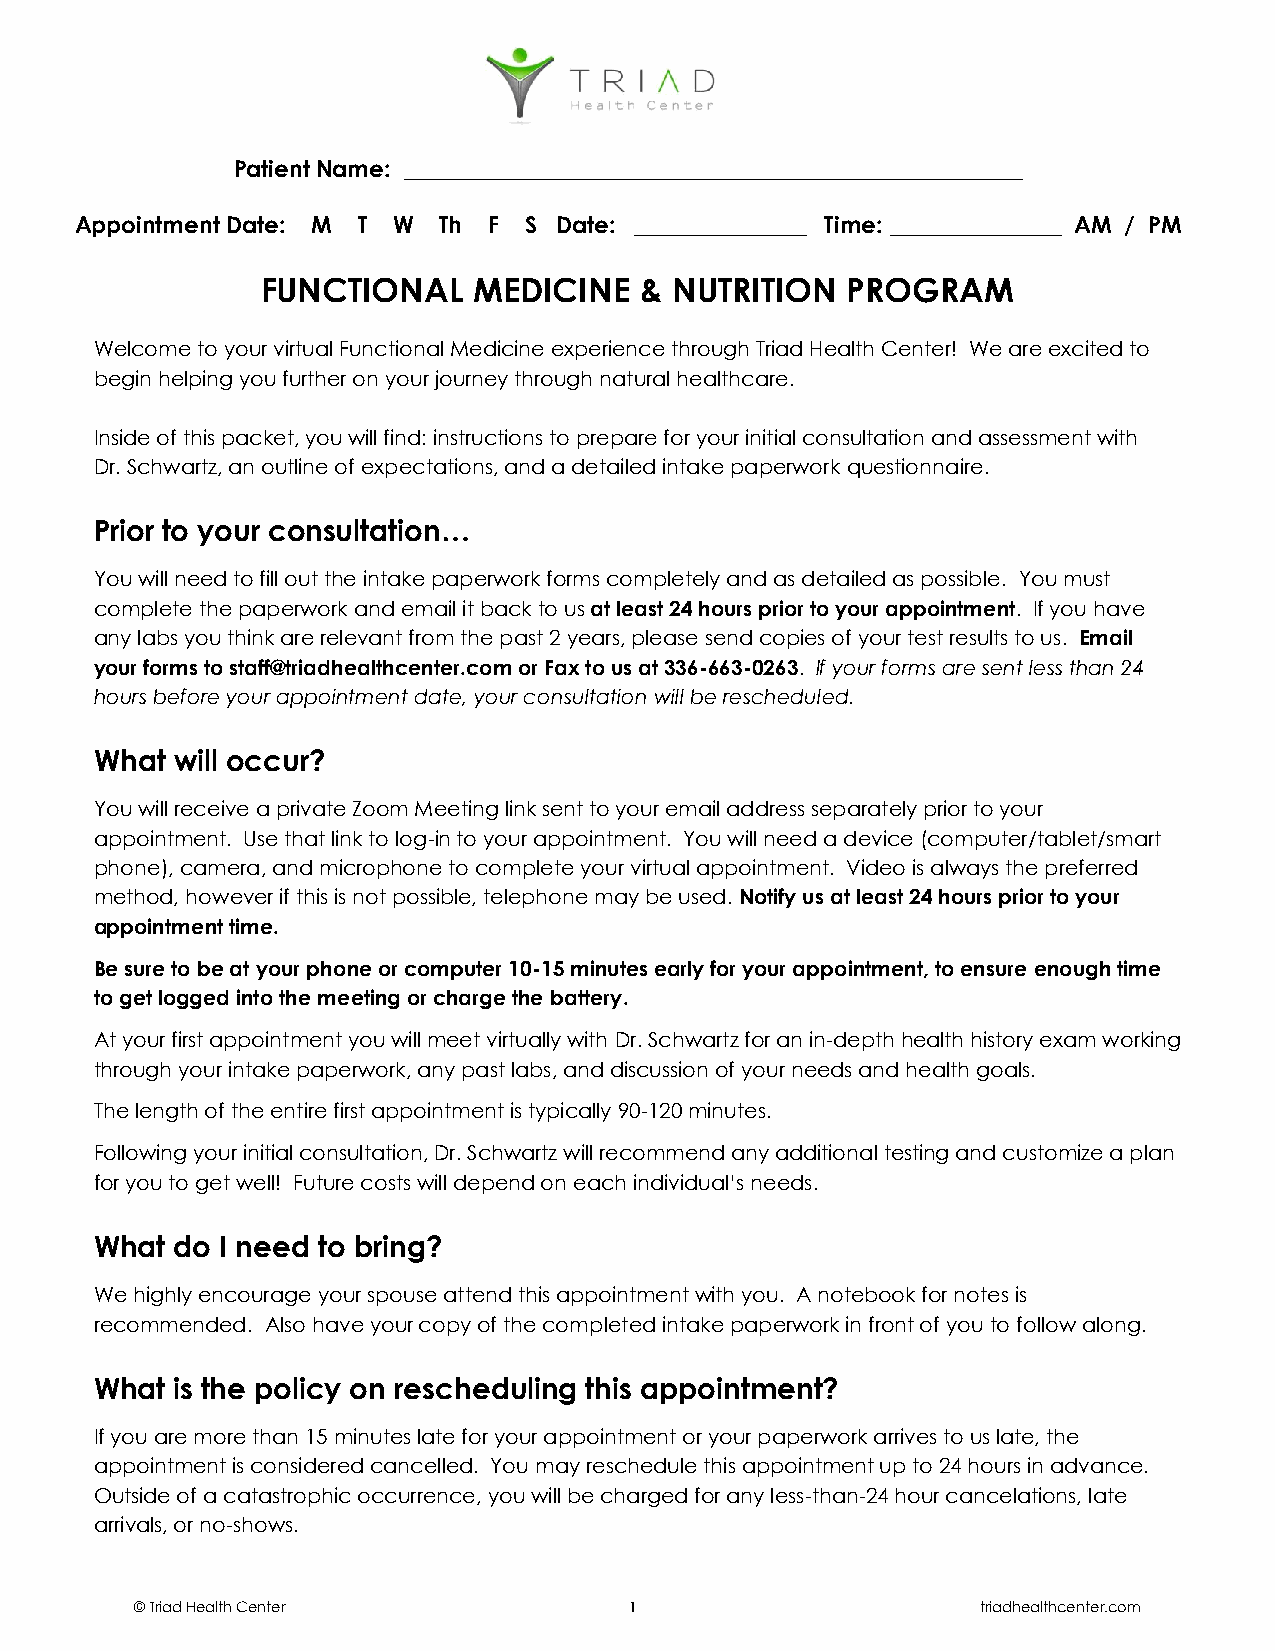
Patient Name: ______________________________________________________
 Appointment Date: M T W Th F  S Date: _______________ Time: _______________ AM / PM
 FUNCTIONAL    MEDICINE   & NUTRITION   PROGRAM
 Welcome to your virtual Functional Medicine experience through Triad Health Center! We are excited to
 begin helping you further on your journey through natural healthcare.
 Inside of this packet, you will find: instructions to prepare for your initial consultation and assessment with
 Dr. Schwartz, an outline of expectations, and a detailed intake paperwork questionnaire.
 Prior to your consultation…
 You will need to fill out the intake paperwork forms completely and as detailed as possible. You must
 complete the paperwork and email it back to us at least 24 hours prior to your appointment. If you have
 any labs you think are relevant from the past 2 years, please send copies of your test results to us. Email
 your forms to staff@triadhealthcenter.com or Fax to us at 336-663-0263. If your forms are sent less than 24
 hours before your appointment date, your consultation will be rescheduled.
 What  will occur?
 You will receive a private Zoom Meeting link sent to your email address separately prior to your
 appointment. Use that link to log-in to your appointment. You will need a device (computer/tablet/smart
 phone), camera, and microphone to complete your virtual appointment. Video is always the preferred
 method, however if this is not possible, telephone may be used. Notify us at least 24 hours prior to your
 appointment time.
 Be sure to be at your phone or computer 10-15 minutes early for your appointment, to ensure enough time
 to get logged into the meeting or charge the battery.
 At your first appointment you will meet virtually with Dr. Schwartz for an in-depth health history exam working
 through your intake paperwork, any past labs, and discussion of your needs and health goals.
 The length of the entire first appointment is typically 90-120 minutes.
 Following your initial consultation, Dr. Schwartz will recommend any additional testing and customize a plan
 for you to get well! Future costs will depend on each individual’s needs.
 What  do I need to bring?
 We highly encourage your spouse attend this appointment with you. A notebook for notes is
 recommended. Also have your copy of the completed intake paperwork in front of you to follow along.
 What  is the policy on rescheduling this appointment?
 If you are more than 15 minutes late for your appointment or your paperwork arrives to us late, the
 appointment is considered cancelled. You may reschedule this appointment up to 24 hours in advance.
 Outside of a catastrophic occurrence, you will be charged for any less-than-24 hour cancelations, late
 arrivals, or no-shows.
 © Triad Health Center            1                      triadhealthcenter.com